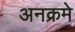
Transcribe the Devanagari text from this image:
अनक्रमे